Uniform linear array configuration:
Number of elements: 8
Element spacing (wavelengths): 0.25
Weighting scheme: binomial
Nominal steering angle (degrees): -45
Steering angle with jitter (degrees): -45.075
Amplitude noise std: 0.05
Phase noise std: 0.05

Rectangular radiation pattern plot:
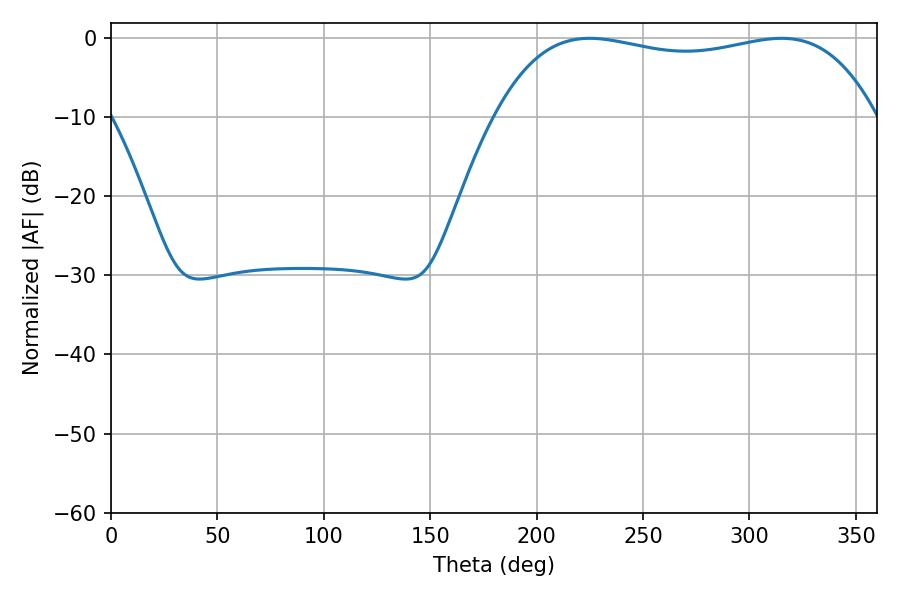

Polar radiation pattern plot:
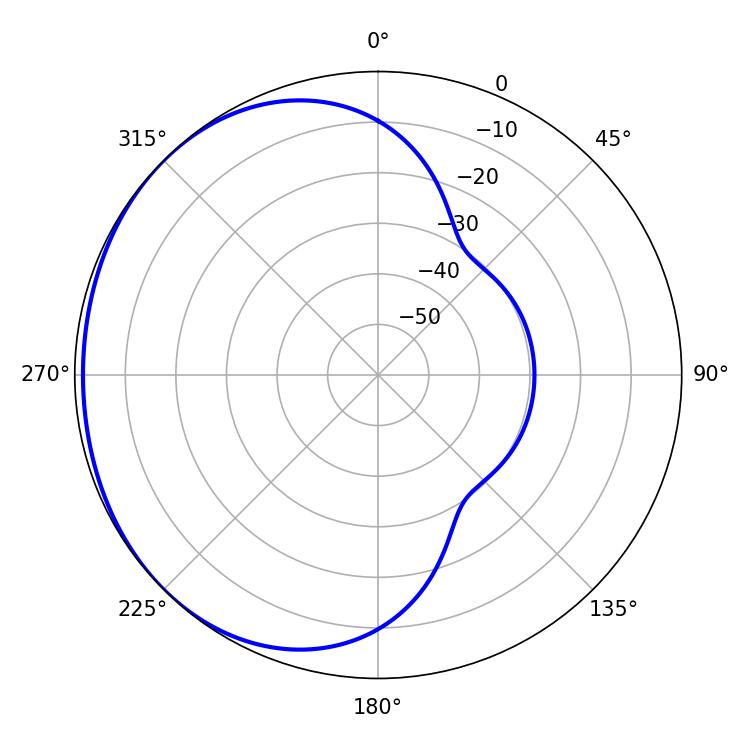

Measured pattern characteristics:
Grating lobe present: FALSE
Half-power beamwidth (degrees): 144
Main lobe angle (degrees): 225